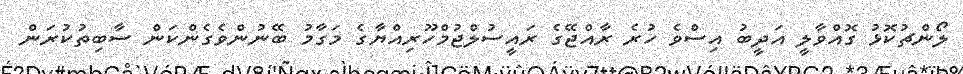
ލޯންޗުކޮޅު ގޮއްވާލީ އަދީބު އިސްވެ ހުރެ ރާއްޖޭގެ ރައީސުލްޖުމްހޫރިއްޔާގެ މަގާމު ބޭނުންވެގެންކަން ސާބިތުކުރަން